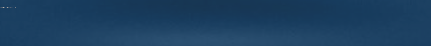
خدمة التنظيف الجاف للمناز